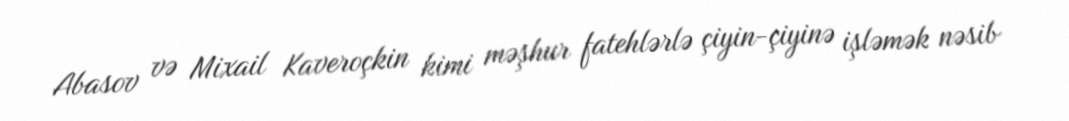
Abasov və Mixail Kaveroçkin kimi məşhur fatehlərlə çiyin-çiyinə işləmək nəsib